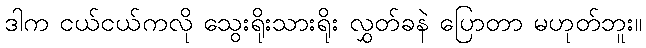
ဒါက ငယ်ငယ်ကလို သွေးရိုးသားရိုး လွှတ်ခနဲ ပြောတာ မဟုတ်ဘူး။